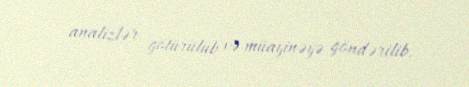
analizlər götürülüb və müayinəyə göndərilib.